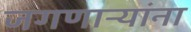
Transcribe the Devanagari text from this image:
जगणाऱ्यांना